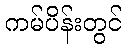
ကမ်ပိန်းတွင်